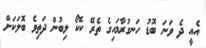
އެއީ ދެ ވަނަ ބޮޑު ހަނގުރާމައިގެ ތެރޭ ކޮކޯ ލިބުން ދަތިވެ ބޮލަކަށް